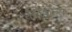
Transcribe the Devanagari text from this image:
लिकन्स